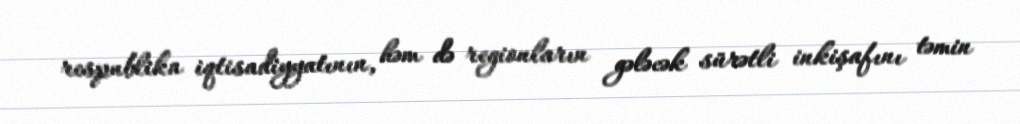
respublika iqtisadiyyatının, həm də regionların gələcək sürətli inkişafını təmin